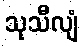
သုသီလျံ